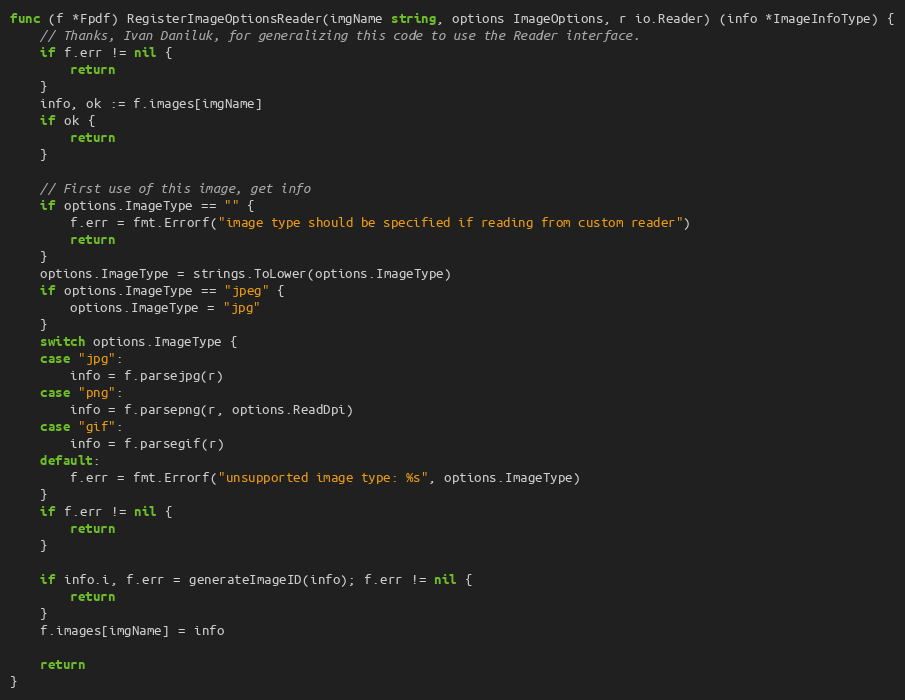
Language: Go
func (f *Fpdf) RegisterImageOptionsReader(imgName string, options ImageOptions, r io.Reader) (info *ImageInfoType) {
	// Thanks, Ivan Daniluk, for generalizing this code to use the Reader interface.
	if f.err != nil {
		return
	}
	info, ok := f.images[imgName]
	if ok {
		return
	}

	// First use of this image, get info
	if options.ImageType == "" {
		f.err = fmt.Errorf("image type should be specified if reading from custom reader")
		return
	}
	options.ImageType = strings.ToLower(options.ImageType)
	if options.ImageType == "jpeg" {
		options.ImageType = "jpg"
	}
	switch options.ImageType {
	case "jpg":
		info = f.parsejpg(r)
	case "png":
		info = f.parsepng(r, options.ReadDpi)
	case "gif":
		info = f.parsegif(r)
	default:
		f.err = fmt.Errorf("unsupported image type: %s", options.ImageType)
	}
	if f.err != nil {
		return
	}

	if info.i, f.err = generateImageID(info); f.err != nil {
		return
	}
	f.images[imgName] = info

	return
}